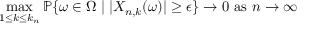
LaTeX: \operatorname* { m a x } _ { 1 \leq k \leq k _ { n } } \mathbb { P } \{ \omega \in \Omega \mid \vert X _ { n , k } ( \omega ) \vert \geq \epsilon \} \to 0 { \mathrm { ~ a s ~ } } n \to \infty